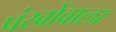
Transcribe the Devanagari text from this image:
पंखोंवाला